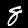
Digit: 8